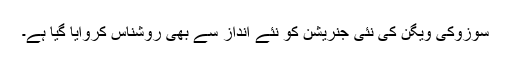
سوزوکی ویگن کی نئی جنریشن کو نئے انداز سے بھی روشناس کروایا گیا ہے۔